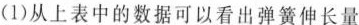
(1)从上表中的数据可以看出弹簧伸长量